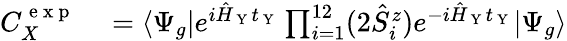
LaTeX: \begin{array}{rl}{C_{X}^{\mathrm{~e~x~p~}}}&{{}=\langle\Psi_{g}|e^{i\hat{H}_{\mathrm{~Y~}}t_{\mathrm{~Y~}}}\prod_{i=1}^{12}(2\hat{S}_{i}^{z})e^{-i\hat{H}_{\mathrm{~Y~}}t_{\mathrm{~Y~}}}|\Psi_{g}\rangle}\end{array}